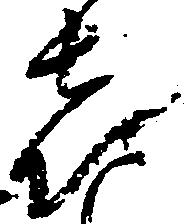
喜